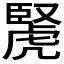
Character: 𧇜